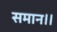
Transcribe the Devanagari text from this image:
समान।।